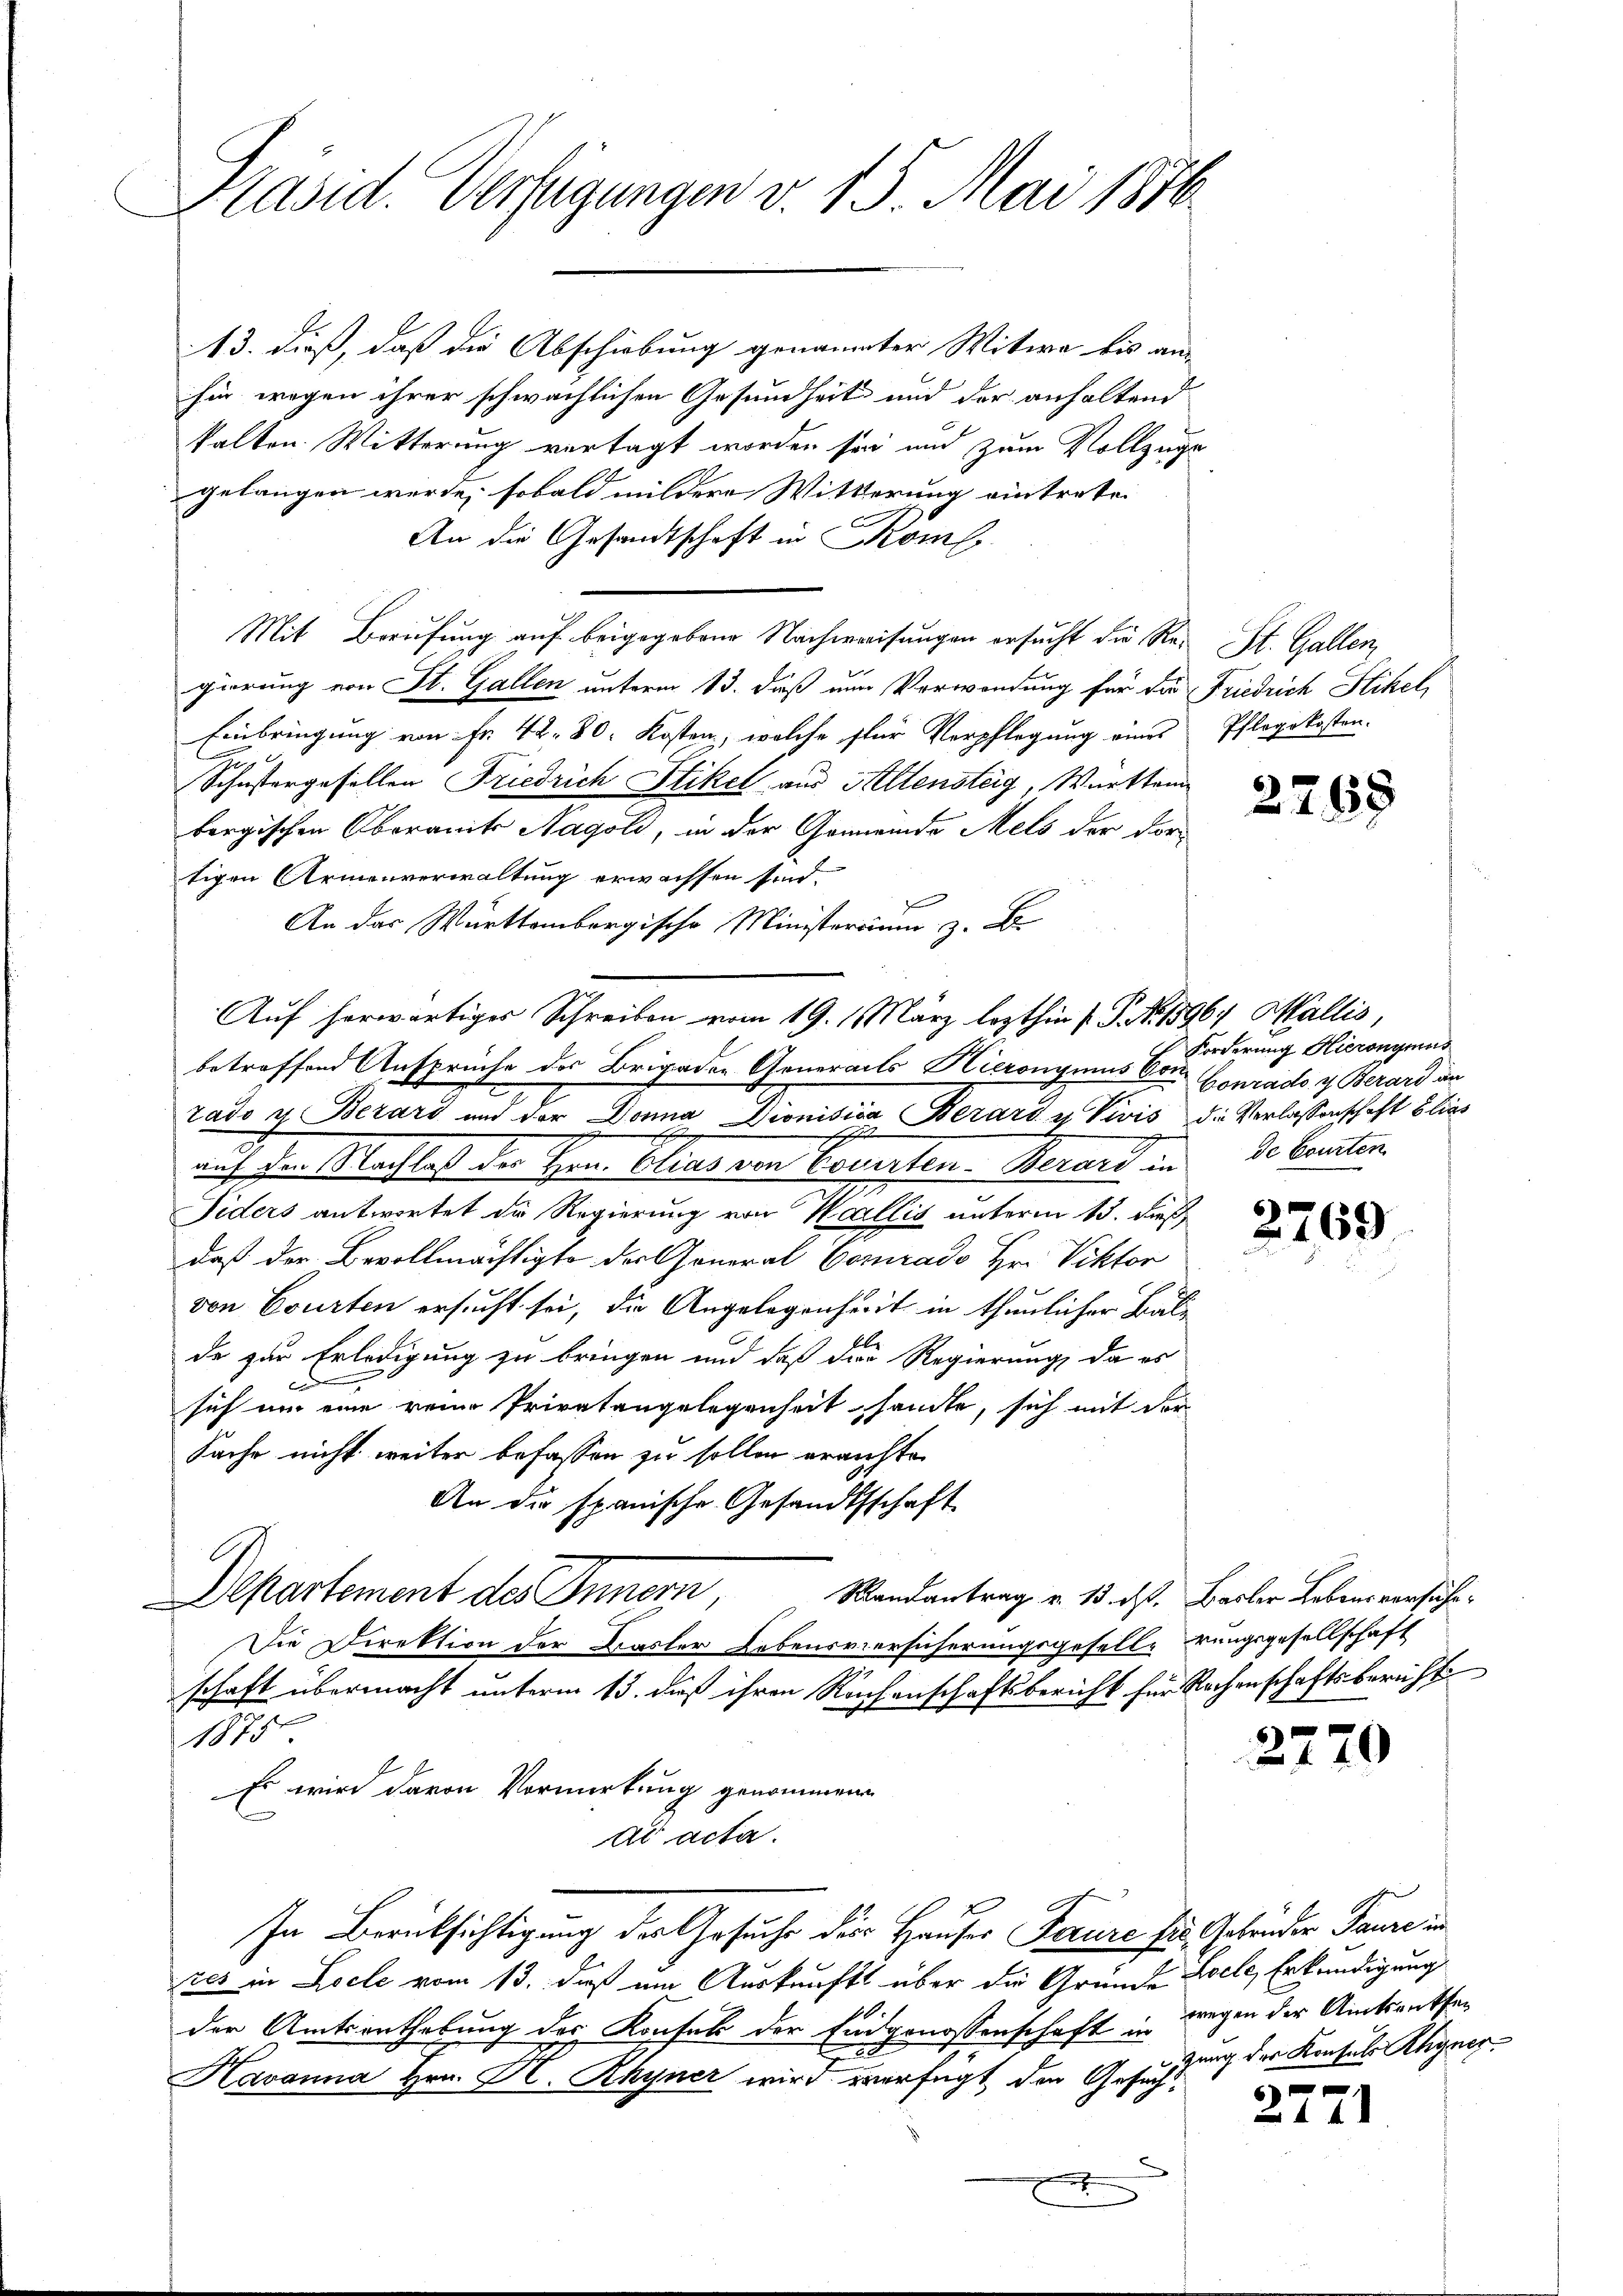
Präsid. Verfügungen v. 15. Mai 1876

13. dieß, daß die Abschiebung genannter Witwe bis an-
hie wegen ihrer schwächlichen Gesundheit und der anhaltend
kalten Witterung vertagt worden sein und zum Vollzuge
gelangen werde, sobald mildere Witterung eintrete.
e
An die Gesandtschaft in Kom
Mit Berufung auf beigegebene Nachweisungen ersucht die Re¬ St. Gallen,
gierung von St. Gallen unterm 13. daß nun Verwendung für die Friedrich Stikel,
Einbringung von Fr. 42. 80. Kosten, welche für Verpflegung eines
Schustergefallen Friedrich Stikel aus Altensteig, Württem
bergischen Oberamts Nagoli, in der Gemeinde Mels der Vortigen Armenverwaltung erwassen sind.
An das Württembergische Minister z. B.
betreffend Ansprüche des Brigaden Generacts Hieronymus Con
rado u. Berars und der Donna Dionisica Berard u Vivis die Verlassenschaft blie¬
E
auf den Nachlaß des Hrn. Elias von Cosarten. Berart in de Courten
Fiders antwortet die Regierung von Wallis unterm 15. dieß
daß der Bevollmächtigte der General Conrado Hr. Viktor
von Courten ersucht sei, die Angelegenheit in thunlicher Balde zur Erledigung zu bringen und daß der Regierung, da es
.
sich um eine reine Privatangelegenheit sandte, sich mit der
Sache nicht weiter befassen zu sollen errichte.
An die spanische Gesandtschaft
Departement des Innern
Randantrag v. 13. ds. Basler Lebensversuche¬
Die Direktion der Basler Lebensversicherungsgesellerungsgesellschaft
n
schaft übermacht unterm 13. daß ihren Rechenschaftsbericht für Rechenschaftsbericht
1875
Es wird davon Vormerkung genommene
ad acta.
In Berücksichtigung des Gesuche die Hauses Feure für Gebrüder Paure in
zes in Leele vom 13. daß im Auskunft über die Gründe Seele, Erkendigung
der Amtsanthebung des Konfell der Eidgenossenschaft in
Havanna Hrn. H. Rhyner wird verfügt den Gesuch
e

Auf herwärtiger Schreiben vom 19. März lezthin 1 S. N. 1596. Wallis

Pflegekosten.

2268

Forderung Hieronymus
Conrado & Berard an

2769

27

x

6

¬

wegen der Amtsanten
zung der Konsuls Rhyner